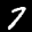
Label: 7